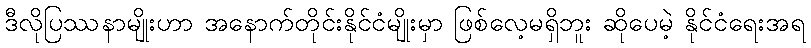
ဒီလိုပြဿနာမျိုးဟာ အနောက်တိုင်းနိုင်ငံမျိုးမှာ ဖြစ်လေ့မရှိဘူး ဆိုပေမဲ့ နိုင်ငံရေးအရ